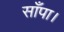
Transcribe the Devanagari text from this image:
साँपा।